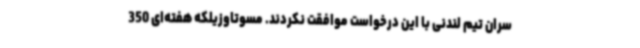
سران تیم لندنی با این درخواست موافقت نکردند. مسوتاوزیلکه هفته‌ای 350